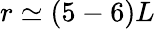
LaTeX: r\simeq(5-6)L